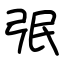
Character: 㢯